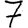
Digit: 7